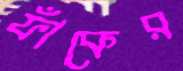
ফাঁকের